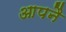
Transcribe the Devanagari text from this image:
आपनै